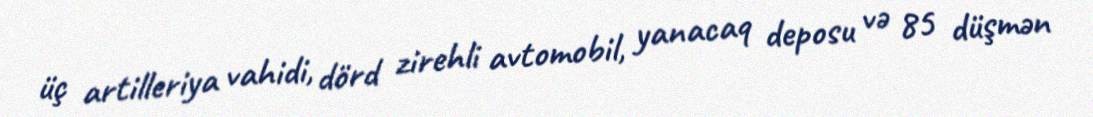
üç artilleriya vahidi, dörd zirehli avtomobil, yanacaq deposu və 85 düşmən